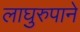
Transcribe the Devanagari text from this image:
लाघुरुपाने